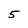
Character: 5